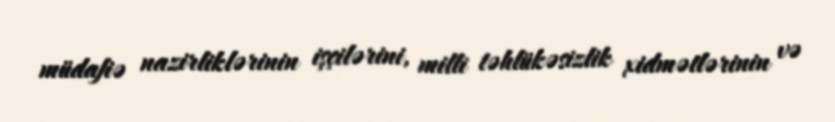
müdafiə nazirliklərinin işçilərini, milli təhlükəsizlik xidmətlərinin və